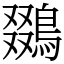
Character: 鵽